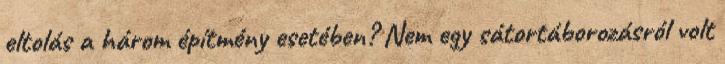
eltolás a három építmény esetében? Nem egy sátortáborozásról volt